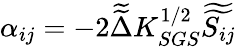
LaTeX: \alpha_{ij}=-2\widetilde{\widetilde{\Delta}}K_{SGS}^{1/2}\widetilde{\widetilde{S_{ij}}}